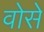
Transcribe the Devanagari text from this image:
वोसे